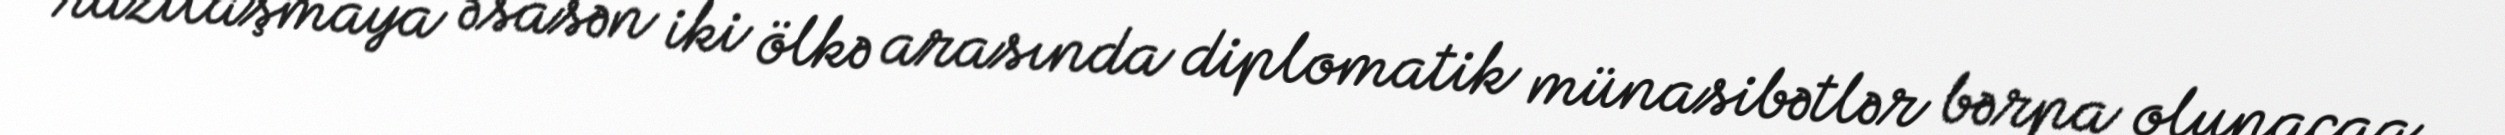
razılaşmaya əsasən iki ölkə arasında diplomatik münasibətlər bərpa olunacaq.